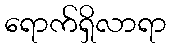
ရောက်ရှိလာရာ